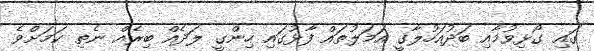
ގައި ގޯޅިވުމާއި ބަދުއަހުލާގީ އަމަލުތައް ފާޅުގައި ހިންގީ ލަދެއް ބިރެއް ނެތި ކަމަށްވެ